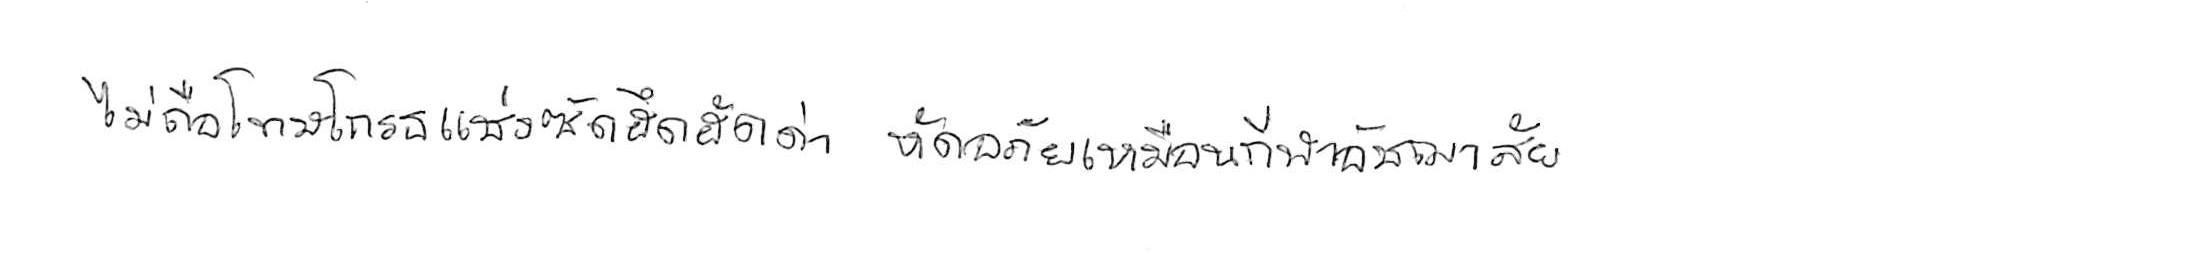
ไม่ถือโทษโกรธแช่งซัดฮึดฮัดด่า หัดอภัยเหมือนกีฬาอัชฌาสัย